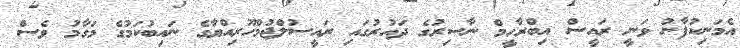
އެމަނިކުފާނު ވަނީ ރައީސް އިބްރާހީމް ނާސިރުގެ ދައުރުގައި ރައީސުލްޖުމްހޫރިއްޔާގެ ނައިބުކަމުގެ މަގާމު ވެސް